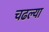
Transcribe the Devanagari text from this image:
चढल्या